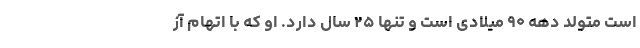
است متولد دهه ۹۰ میلادی است و تنها ۲۵ سال دارد. او که با اتهام آز